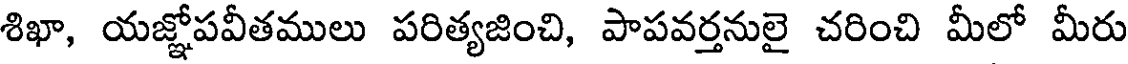
శిఖా, యజ్ఞోపవీతములు పరిత్యజించి, పాపవర్తనులై చరించి మీలో మీరు